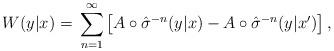
LaTeX: \begin{align*} W(y|x)=\, \sum_{n=1}^\infty \left[ A \circ \hat{\sigma}^{-n}(y|x) - A \circ \hat{\sigma}^{-n}(y|x') \right],\end{align*}